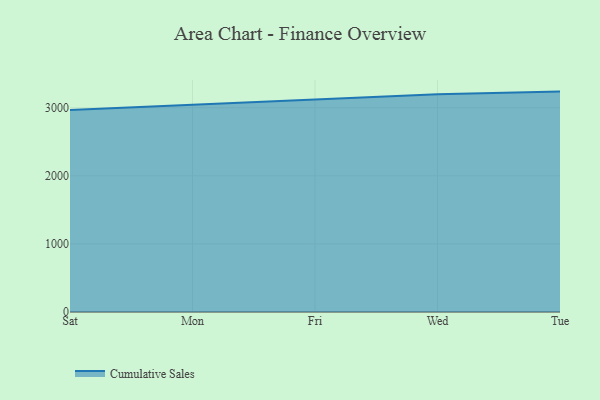
{"axis": {"x": "Day", "y": "Demand Index"}, "legend": ["Cumulative Sales"], "data": [{"x": "Sat", "y": 2968.1, "type": "Cumulative Sales"}, {"x": "Mon", "y": 3048.9, "type": "Cumulative Sales"}, {"x": "Fri", "y": 3124.9, "type": "Cumulative Sales"}, {"x": "Wed", "y": 3199.6, "type": "Cumulative Sales"}, {"x": "Tue", "y": 3237.4, "type": "Cumulative Sales"}]}